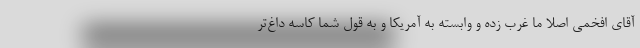
آقای افخمی اصلا ما غرب زده و وابسته به آمریکا و به قول شما کاسه داغ‌تر